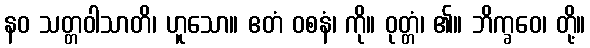
နဝ သတ္တဝါသာတိ၊ ဟူသော။ ဧတံ ဝစနံ၊ ကို။ ဝုတ္တံ၊ ၏။ ဘိက္ခဝေ၊ တို့။